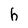
Character: h